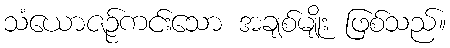
သံယောဇဉ်ကင်းသော အချစ်မျိုး ဖြစ်သည်။